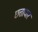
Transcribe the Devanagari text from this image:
छत्ताधार